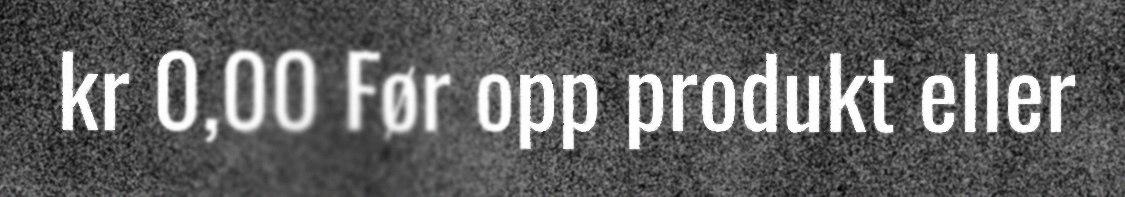
kr 0,00 Før opp produkt eller